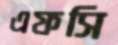
এফসি